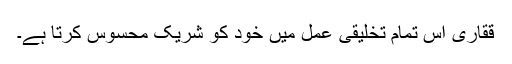
ققاری اس تمام تخلیقی عمل میں خود کو شریک محسوس کرتا ہے۔